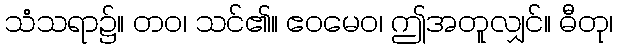
သံသရာ၌။ တဝ၊ သင်၏။ ဧဝမေဝ၊ ဤအတူလျှင်။ ဓီတု၊